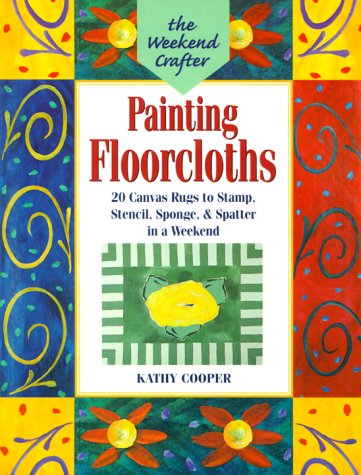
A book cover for The Weekend Crafter: Painting Floorcloths: 20 Canvas Rugs to Stamp, Stencil, Sponge, and Spatter in a Weekend; Kathy Cooper; Crafts, Hobbies & Home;